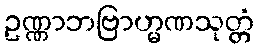
ဥဏ္ဏာဘဗြာဟ္မဏသုတ္တံ